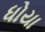
ધોયા